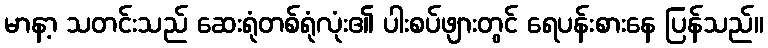
မာနာ့ သတင်းသည် ဆေးရုံတစ်ရုံလုံး၏ ပါးစပ်ဖျားတွင် ရေပန်းစားနေ ပြန်သည်။